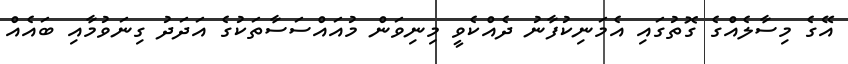
އޭގެ މިސާލެއްގެ ގޮތުގައި އެމަނިކުފާނު ދެއްކެވީ މިނިވަން މުއައްސަސާތަކުގެ އަދަދު ގިނަވުމާއި ބައެއް